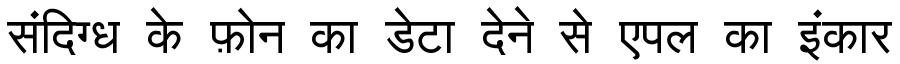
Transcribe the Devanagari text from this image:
संदिग्ध के फ़ोन का डेटा देने से एपल का इंकार